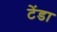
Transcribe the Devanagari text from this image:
टेंडा